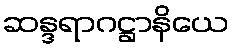
ဆန္ဒရာဂဋ္ဌာနိယေ